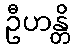
ဦဟန္တိ